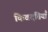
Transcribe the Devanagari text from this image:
किवदंतियाँ